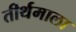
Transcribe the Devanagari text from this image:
तीर्थमाला